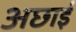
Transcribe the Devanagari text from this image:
अछाई